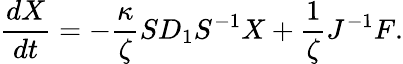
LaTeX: \frac{dX}{dt}=-\frac{\kappa}{\zeta}SD_{1}S^{-1}X+\frac{1}{\zeta}J^{-1}F.